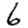
Digit: 6